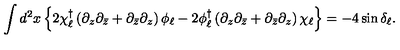
\int d ^ { 2 } x \left\{ 2 \chi _ { \ell } ^ { \dagger } \left( \partial _ { z } \partial _ { \bar { z } } + \partial _ { \bar { z } } \partial _ { z } \right) \phi _ { \ell } - 2 \phi _ { \ell } ^ { \dagger } \left( \partial _ { z } \partial _ { \bar { z } } + \partial _ { \bar { z } } \partial _ { z } \right) \chi _ { \ell } \right\} = - 4 \sin \delta _ { \ell } .